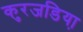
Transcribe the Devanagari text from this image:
कुरजडिया़